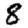
Digit: 8